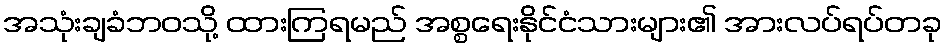
အသုံးချခံဘဝသို့ ထားကြရမည် အစ္စရေးနိုင်ငံသားများ၏ အားလပ်ရပ်တခု